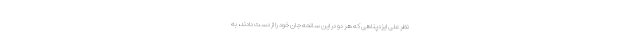
نظرعلی ایزدپناهی که هر دو در این سانحه جان خود را از دست دادند، به